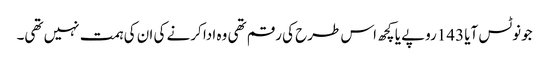
جونوٹس آیا 143روپے یا کچھ اس طرح کی رقم تھی وہ ادا کرنے کی ان کی ہمت نہیں تھی۔